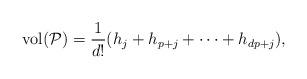
LaTeX: \begin{align*} \mathrm{vol}(\mathcal{P}) = \dfrac{1}{d!} (h_j + h_{p+j} + \dots + h_{dp+j}),\end{align*}